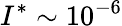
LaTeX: I^{*}\sim 10^{-6}